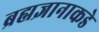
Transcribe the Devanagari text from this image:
ब्रह्मज्ञानाकडे